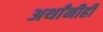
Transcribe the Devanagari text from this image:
अर्थांनीही